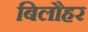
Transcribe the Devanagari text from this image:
बिलौहर